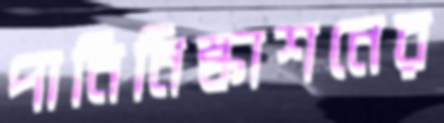
পানিনিষ্কাশনের